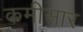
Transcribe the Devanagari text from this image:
कमीसार